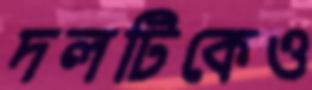
দলটিকেও